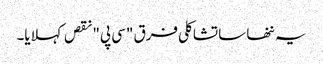
یہ ننھا سا تشاکلی فرق "سی پی" نقص کہلایا۔